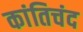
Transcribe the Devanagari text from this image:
कांतिचंद